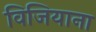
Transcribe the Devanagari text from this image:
विजियाना